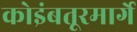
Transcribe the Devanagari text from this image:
कोइंबतूरमार्गे